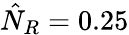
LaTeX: \hat{N}_{R}=0.25